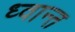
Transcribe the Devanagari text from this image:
ध्वान्त